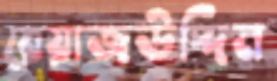
রেয়াজউদ্দিন